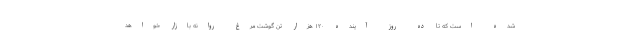
شده است که تا ده روز آینده ۱۲۰ هزار تن گوشت مرغ روانه بازار خواهد